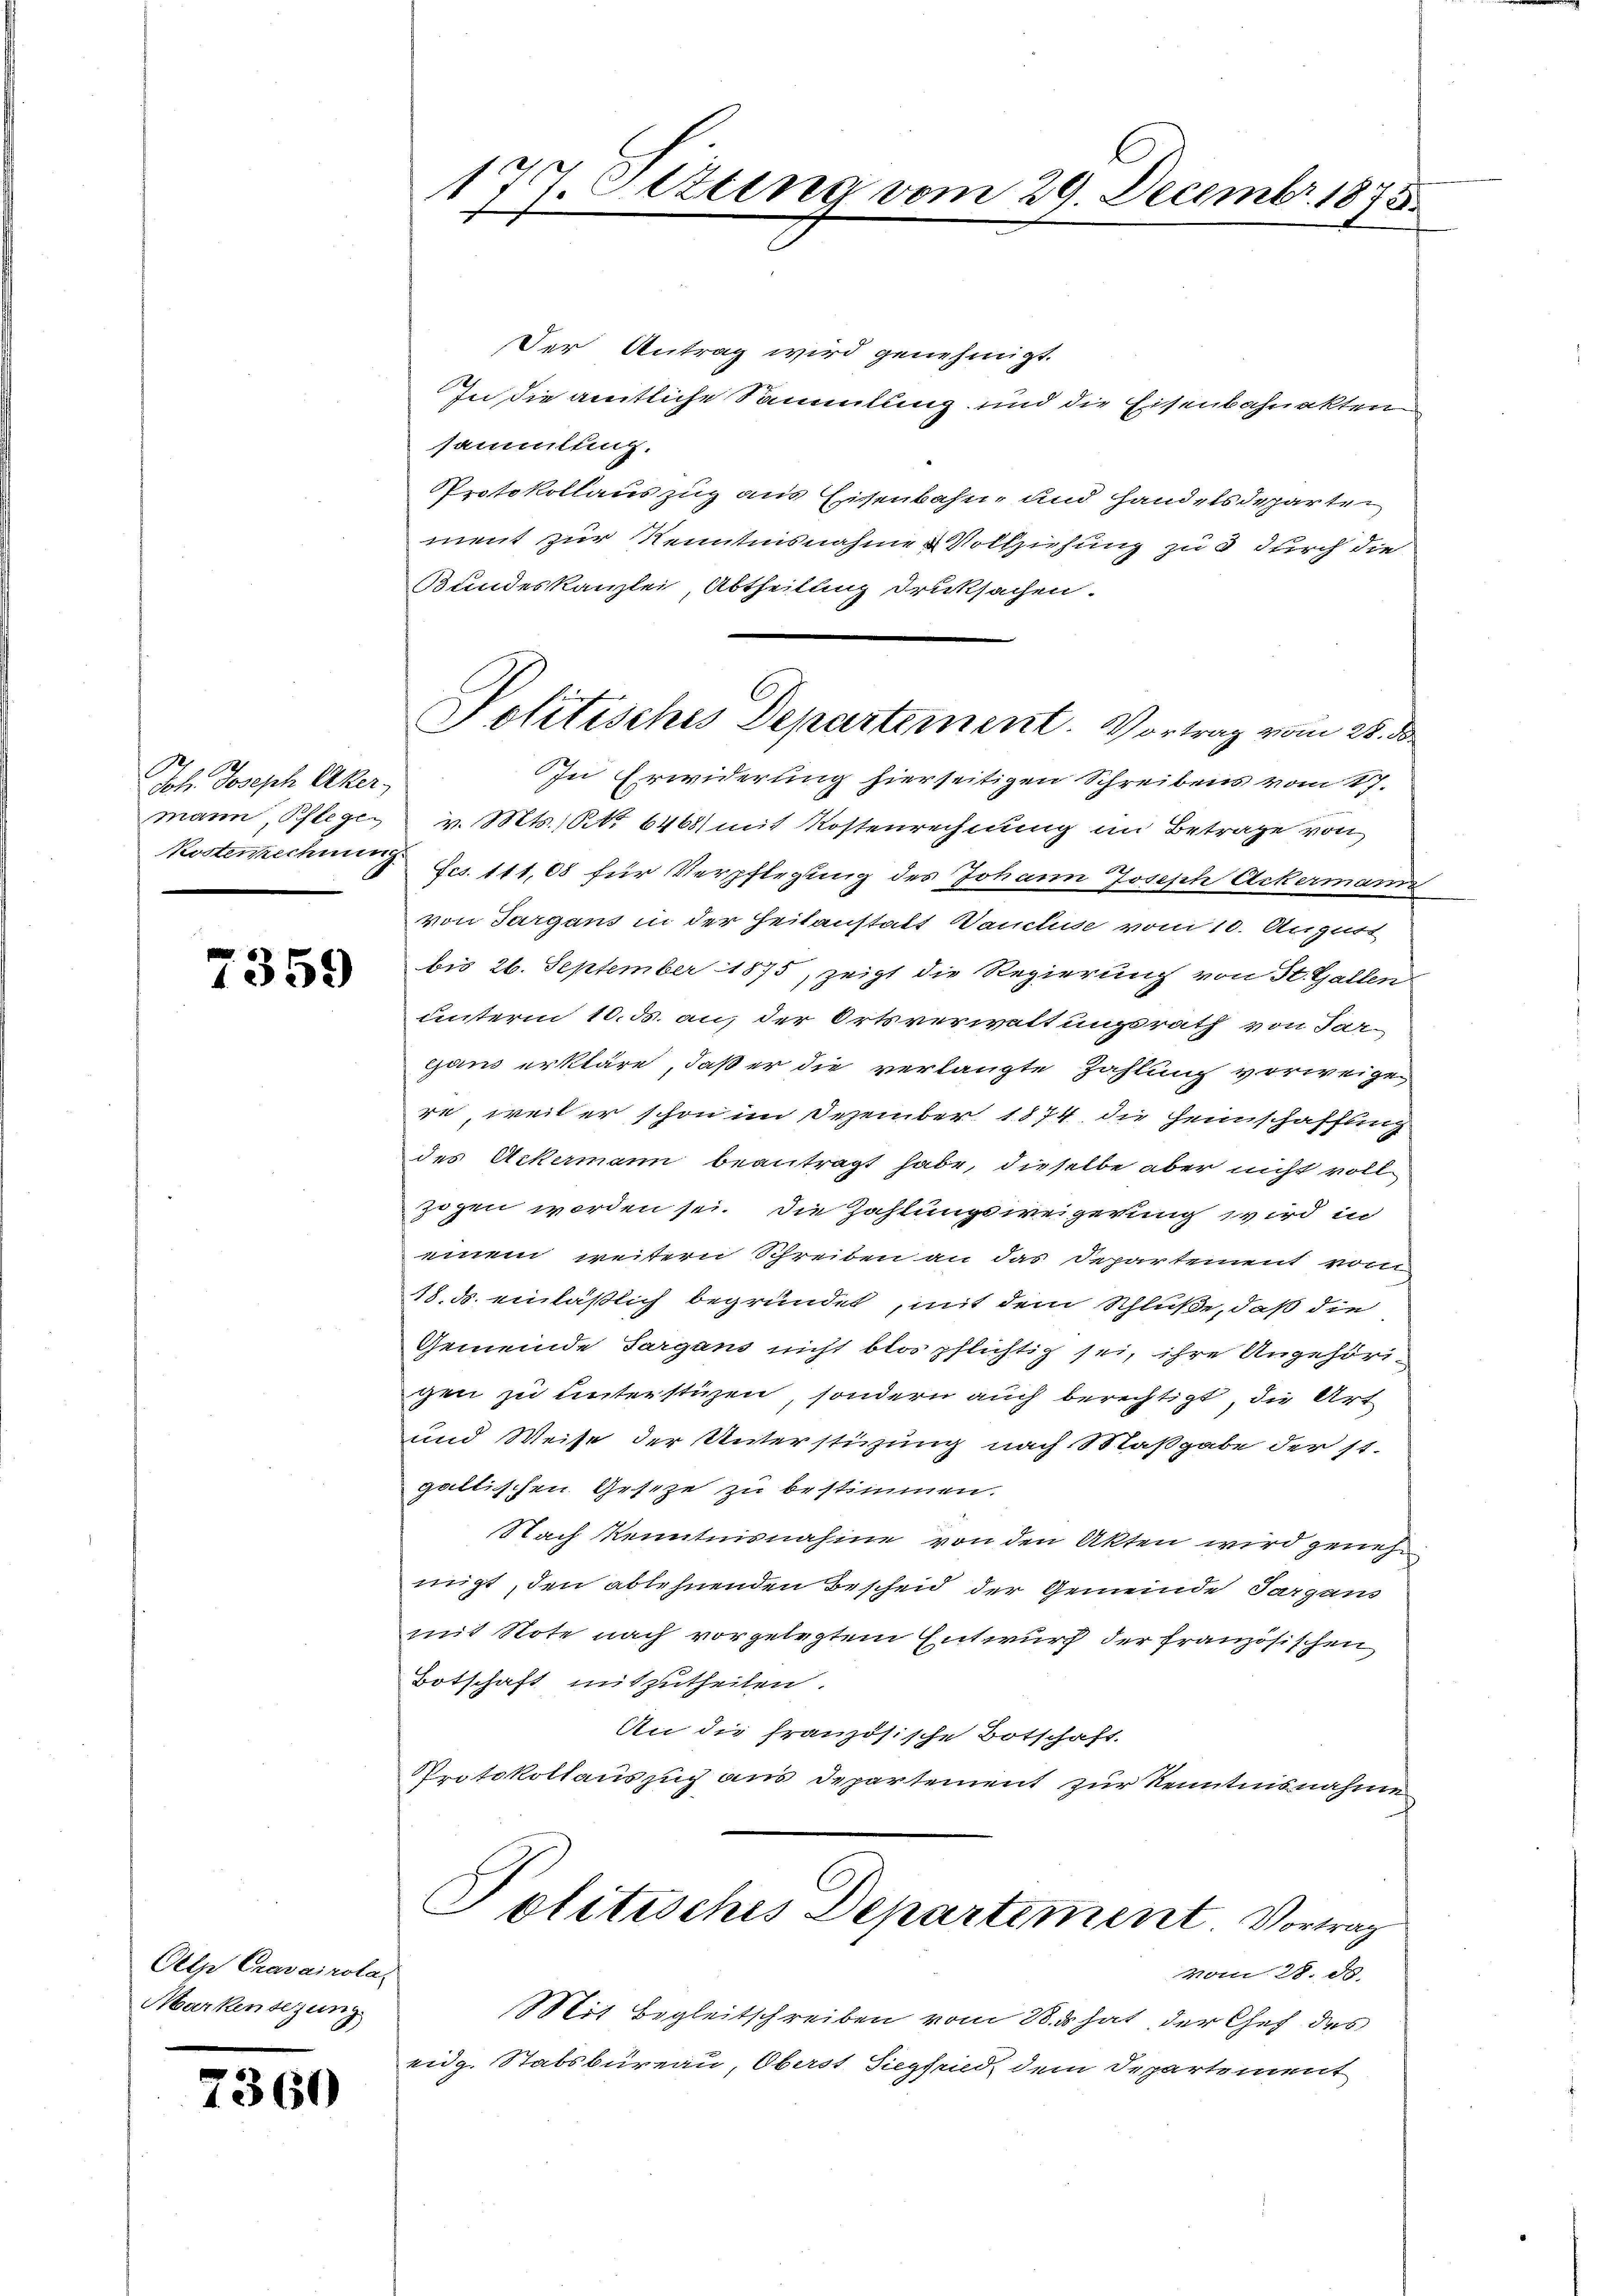
Joh. Joseph Aker,

7359

Pelz Cravairola
Markensezung

7360

Der Antrag wird genehmigt.
In die amtliche Sammlung und die Eisenbahnakten
sammlung.
Protokollauszug aus Eisenbahn und handelsdeparten
ment zur Kenntnisnahme Vollziehung zu 3 durch die
Bundeskanzlei, Abtheilung druksachen.
In Erwiderung hierseitigen Schreibens vom 17.
mann, Pflege v. Mts. S. 6468) mit Kostenrechnung im Betrage von
Kostenrechnung Fcs. 111,08 für Verpflegung des Johann Joseph Ackermann
von Sargans in der Heilanstatt Vancluse vom 10. August
bis 26. September 1875, zeigt die Regierung von St. Gallen
unterm 10. ds. an, der Ortsverwaltungsrath von Sargsans erkläre, daß er die verlangte Zahlung vorweigen
re, weil er schon im Dezember 1874 die Heimschaffung
des Ackermann beantragt habe, dieselbe aber nicht voll
zogen worden sei. Die Zahlungswegerung wird in
einem weitern Schreiben an das Departement vom
18. ds. einläßlich begründet, mit dem Schluße, daß die
Gemeinde Sargans nicht blos pflichtig sei, ihre Angehörigen zu unterstüzen, sondern auch berechtigt, die Art
und Weise der Unterstüzung nach Maßgabe der st.
galtischen Geseze zu bestimmen.
Nach kenntnisnahme von den Akten wird genehnigt, den ablehnenden Bescheid der Gemeinde Sargaus
mit Note nach vorgelegtem Entwurf der französischen
Botschaft mitzutheilen.
An die französische Botschaft.
Protokollauszug aus Departement zur Kenntnisnahme
Politisches Departement. Vortrag
vom 28. d.
Mit Begleitschreiben vom 28. hat der Chef des
eidg. Stabsbureau, Oberst Siegfried dem Departement

4, Oetting vom 29. Decembr. 1875.
1
f

Politisches Departement. Vortrag vom 21. d.